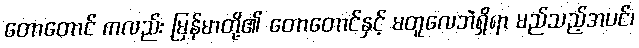
တောတောင် ကလည်း မြန်မာတို့၏ တောတောင်နှင့် မတူလေဘဲရှိရာ မည်သည့်အပင်၊